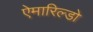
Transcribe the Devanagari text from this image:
ऐमारिल्डो